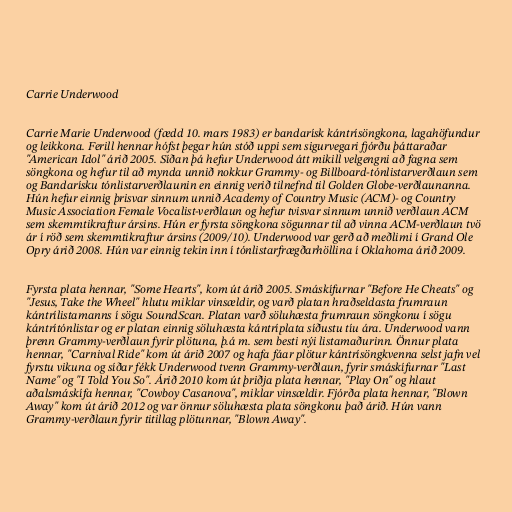
Carrie Underwood

Carrie Marie Underwood (fædd 10. mars 1983) er bandarísk kántrísöngkona, lagahöfundur
og leikkona. Ferill hennar hófst þegar hún stóð uppi sem sigurvegari fjórðu þáttaraðar
"American Idol" árið 2005. Síðan þá hefur Underwood átt mikill velgengni að fagna sem
söngkona og hefur til að mynda unnið nokkur Grammy- og Billboard-tónlistarverðlaun sem
og Bandarísku tónlistarverðlaunin en einnig verið tilnefnd til Golden Globe-verðlaunanna.
Hún hefur einnig þrisvar sinnum unnið Academy of Country Music (ACM)- og Country
Music Association Female Vocalist-verðlaun og hefur tvisvar sinnum unnið verðlaun ACM
sem skemmtikraftur ársins. Hún er fyrsta söngkona sögunnar til að vinna ACM-verðlaun tvö
ár í röð sem skemmtikraftur ársins (2009/10). Underwood var gerð að meðlimi í Grand Ole
Opry árið 2008. Hún var einnig tekin inn í tónlistarfrægðarhöllina í Oklahoma árið 2009.

Fyrsta plata hennar, "Some Hearts", kom út árið 2005. Smáskífurnar "Before He Cheats" og
"Jesus, Take the Wheel" hlutu miklar vinsældir, og varð platan hraðseldasta frumraun
kántrílistamanns í sögu SoundScan. Platan varð söluhæsta frumraun söngkonu í sögu
kántrítónlistar og er platan einnig söluhæsta kántríplata síðustu tíu ára. Underwood vann
þrenn Grammy-verðlaun fyrir plötuna, þ.á m. sem besti nýi listamaðurinn. Önnur plata
hennar, "Carnival Ride" kom út árið 2007 og hafa fáar plötur kántrísöngkvenna selst jafn vel
fyrstu vikuna og síðar fékk Underwood tvenn Grammy-verðlaun, fyrir smáskífurnar "Last
Name" og "I Told You So". Árið 2010 kom út þriðja plata hennar, "Play On" og hlaut
aðalsmáskífa hennar, "Cowboy Casanova", miklar vinsældir. Fjórða plata hennar, "Blown
Away" kom út árið 2012 og var önnur söluhæsta plata söngkonu það árið. Hún vann
Grammy-verðlaun fyrir titillag plötunnar, "Blown Away".